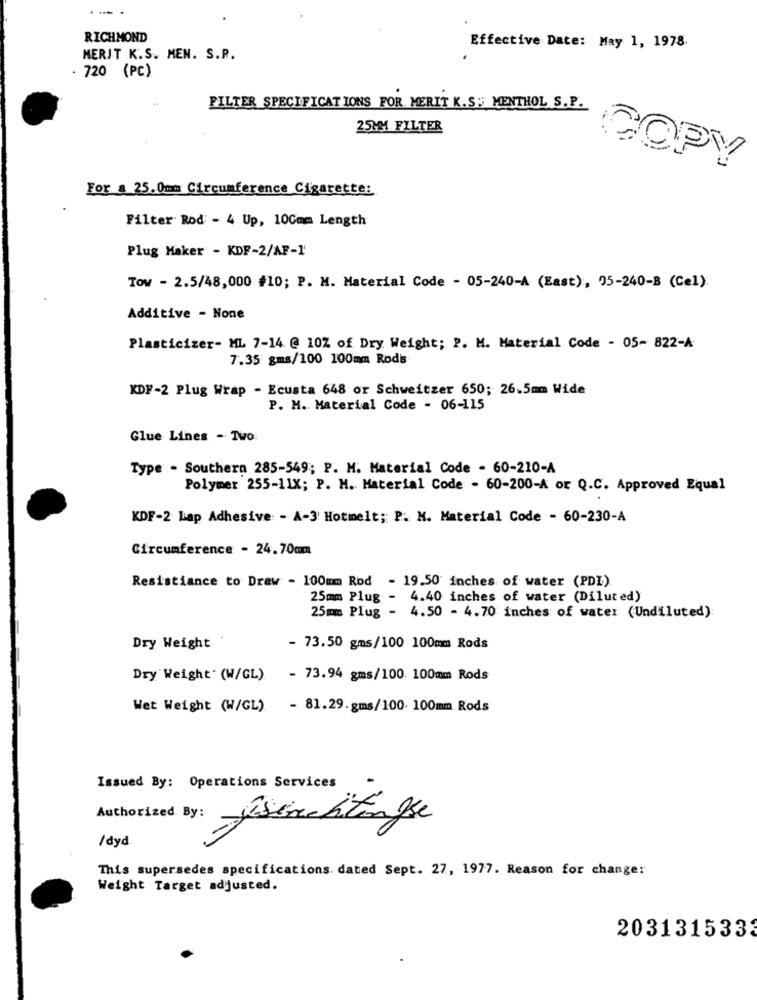
RICHMOND
Effective Date: May 1, 1978.
MERIT K.S. MEN. S.P.
. 720 (PC)
FILTER SPECIFICATIONS FOR MERIT K.S. MENTHOL S.P.
25MM FILTER
COPY
For a 25.0mm Circumference Cigarette:
Filter Rod: - 4 Up, 100mm Length
Plug Maker - KDF-2/AF-1'
Tow - 2.5/48,000 #10; P. M. Material Code - 05-240-A (East), 05-240-B (Cel):
Additive - None
Plasticizer- ML 7-14. @ 10% of Dry Weight; P. M. Material Code - 05- 822-A
7.35 gms/100 100mm Rods
KDF-2 Plug Wrap - Ecusta 648 or Schweitzer 650; 26.5mm Wide
P. M. Material Code - 06-115
Glue Lines - Two:
Type - Southern 285-549; P. M. Material Code - 60-210-A
Polymer 255-11X; P. H. Material Code - 60-200-A or Q.C. Approved Equal
KDF-2 Lap Adhesive: - A-3' Hotmelt; P. M. Material Code - 60-230-A
Circumference - 24.70mm
Resistiance to Draw - 100mm Rod - 19.50 inches of water (PDL)
25mm Plug - 4.40 inches of water (Diluted)
25mm Plug - 4.50 - 4.70 inches of water (Undiluted)
Dry Weight
- 73.50 gms/100 100mm Rods
Dry Weight" (W/GL) - 73.94 gms/100. 100mm Rods
Wet Weight (W/GL) - 81.29.gms/100. 100mm Rods
Issued By: Operations Services
Authorized By: Jsemchange
/ dyd.
This supersedes specifications. dated Sept. 27, 1977. Reason for change:
Weight Target adjusted.
2031315333